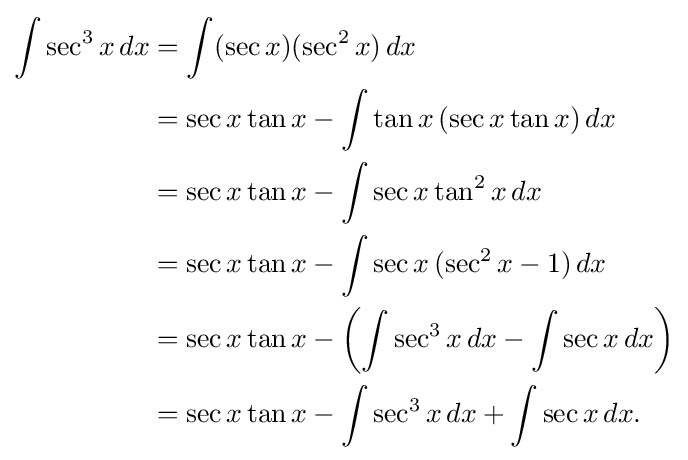
{\begin{aligned}\int \sec ^{3}x\,dx&=\int (\sec x)(\sec ^{2}x)\,dx\\&=\sec x\tan x-\int \tan x\,(\sec x\tan x)\,dx\\&=\sec x\tan x-\int \sec x\tan ^{2}x\,dx\\&=\sec x\tan x-\int \sec x\,(\sec ^{2}x-1)\,dx\\&=\sec x\tan x-\left(\int \sec ^{3}x\,dx-\int \sec x\,dx\right)\\&=\sec x\tan x-\int \sec ^{3}x\,dx+\int \sec x\,dx.\end{aligned}}